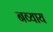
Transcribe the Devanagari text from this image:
नव्याय